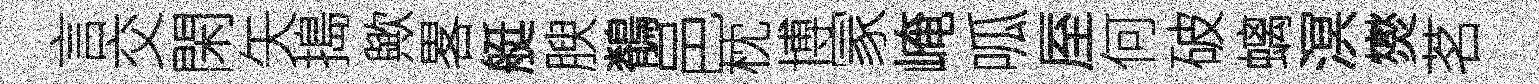
言交閑矢搗歟畧艇腴鶺邑枕博冡崦呱厔何破螭溟爕茗